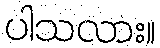
ပါသလား။